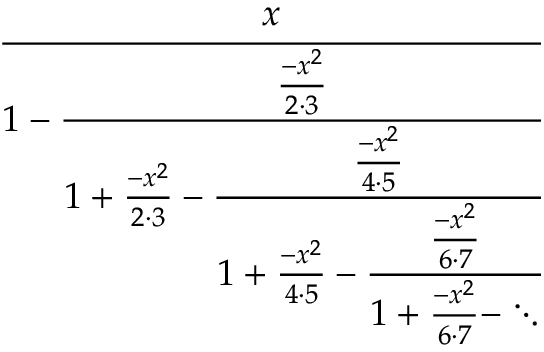
\cfrac { x } { 1 - { \cfrac { \frac { - x ^ { 2 } } { 2 \cdot 3 } } { 1 + { \frac { - x ^ { 2 } } { 2 \cdot 3 } } - { \cfrac { \frac { - x ^ { 2 } } { 4 \cdot 5 } } { 1 + { \frac { - x ^ { 2 } } { 4 \cdot 5 } } - { \cfrac { \frac { - x ^ { 2 } } { 6 \cdot 7 } } { 1 + { \frac { - x ^ { 2 } } { 6 \cdot 7 } } - \ddots } } } } } } }